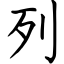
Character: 列